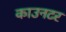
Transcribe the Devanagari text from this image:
काउनटर